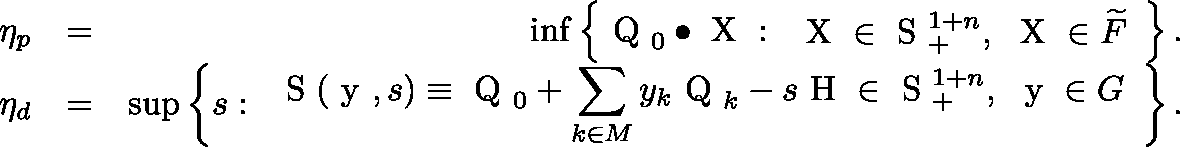
\begin{array} { r l r } { \eta _ { p } } & { = } & { \operatorname* { i n f } \left\{ \mathrm { \boldmath ~ Q ~ } _ { 0 } \bullet \mathrm { \boldmath ~ X ~ } : \begin{array} { l l } { \mathrm { \boldmath ~ X ~ } \in \mathrm { ~ \mathbb { S } ~ } _ { + } ^ { 1 + n } , \ \mathrm { \boldmath ~ X ~ } \in \widetilde { F } } \end{array} \right\} . } \\ { \eta _ { d } } & { = } & { \operatorname* { s u p } \left\{ s : \begin{array} { l l } { \displaystyle \mathrm { \boldmath ~ S ~ } ( \mathrm { \boldmath ~ y ~ } , s ) \equiv \mathrm { \boldmath ~ Q ~ } _ { 0 } + \sum _ { k \in M } y _ { k } \mathrm { \boldmath ~ Q ~ } _ { k } - s \mathrm { \boldmath ~ H ~ } \in \mathrm { ~ \mathbb { S } ~ } _ { + } ^ { 1 + n } , \ \mathrm { \boldmath ~ y ~ } \in G } \end{array} \right\} . } \end{array}